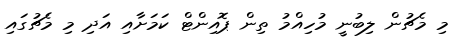
މި މެޗުން ލިބުނީ މުހިއްމު ތިން ޕޮއިންޓް ކަމަށާއި އަދި މި މެޗުގައި